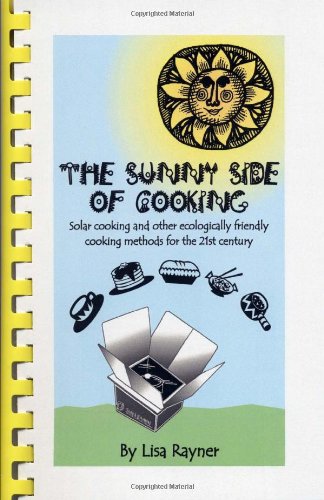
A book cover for The Sunny Side of Cooking - Solar cooking and other ecologically friendly cooking methods; Lisa Rayner; Health, Fitness & Dieting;